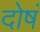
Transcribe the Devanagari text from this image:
दोषं